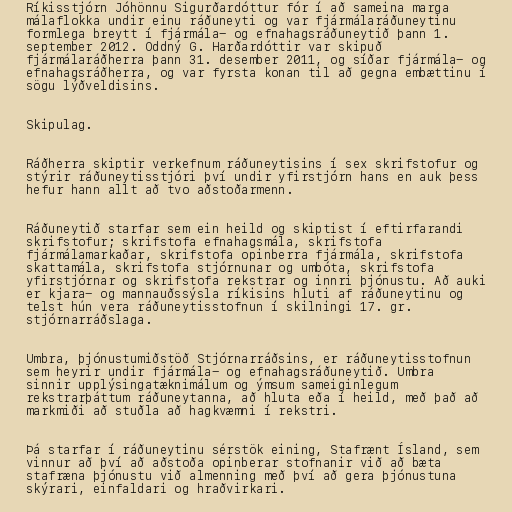
Ríkisstjórn Jóhönnu Sigurðardóttur fór í að sameina marga
málaflokka undir einu ráðuneyti og var fjármálaráðuneytinu
formlega breytt í fjármála- og efnahagsráðuneytið þann 1.
september 2012. Oddný G. Harðardóttir var skipuð
fjármálaráðherra þann 31. desember 2011, og síðar fjármála- og
efnahagsráðherra, og var fyrsta konan til að gegna embættinu í
sögu lýðveldisins.

Skipulag.

Ráðherra skiptir verkefnum ráðuneytisins í sex skrifstofur og
stýrir ráðuneytisstjóri því undir yfirstjórn hans en auk þess
hefur hann allt að tvo aðstoðarmenn.

Ráðuneytið starfar sem ein heild og skiptist í eftirfarandi
skrifstofur; skrifstofa efnahagsmála, skrifstofa
fjármálamarkaðar, skrifstofa opinberra fjármála, skrifstofa
skattamála, skrifstofa stjórnunar og umbóta, skrifstofa
yfirstjórnar og skrifstofa rekstrar og innri þjónustu. Að auki
er kjara- og mannauðssýsla ríkisins hluti af ráðuneytinu og
telst hún vera ráðuneytisstofnun í skilningi 17. gr.
stjórnarráðslaga.

Umbra, þjónustumiðstöð Stjórnarráðsins, er ráðuneytisstofnun
sem heyrir undir fjármála- og efnahagsráðuneytið. Umbra
sinnir upplýsingatæknimálum og ýmsum sameiginlegum
rekstrarþáttum ráðuneytanna, að hluta eða í heild, með það að
markmiði að stuðla að hagkvæmni í rekstri.

Þá starfar í ráðuneytinu sérstök eining, Stafrænt Ísland, sem
vinnur að því að aðstoða opinberar stofnanir við að bæta
stafræna þjónustu við almenning með því að gera þjónustuna
skýrari, einfaldari og hraðvirkari.